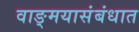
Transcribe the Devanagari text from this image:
वाङ्‌मयासंबंधात